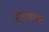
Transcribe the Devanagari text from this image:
पूनावाला